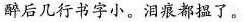
醉后几行书字小。泪痕都温了。